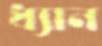
ধ্যান